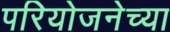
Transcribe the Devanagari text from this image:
परियोजनेच्या